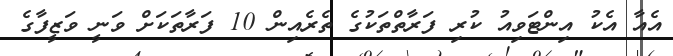
އެއާ އެކު އިންޓަވިއު ކުރި ފަރާތްތަކުގެ ތެރެއިން 10 ފަރާތަކަށް ވަނީ ވަޒީފާގެ